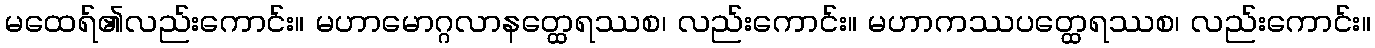
မထေရ်၏လည်းကောင်း။ မဟာမောဂ္ဂလာနတ္ထေရဿစ၊ လည်းကောင်း။ မဟာကဿပတ္ထေရဿစ၊ လည်းကောင်း။